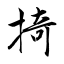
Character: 掎